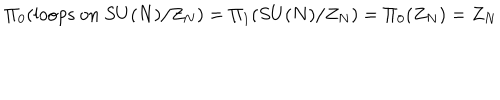
\Pi _ { 0 } ( \mathrm { l o o p s ~ o n } ~ S U ( N ) / Z _ { N } ) = \Pi _ { 1 } ( S U ( N ) / Z _ { N } ) = \Pi _ { 0 } ( Z _ { N } ) = Z _ { N }